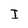
Character: I